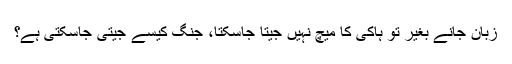
زبان جانے بغیر تو ہاکی کا میچ نہیں جیتا جاسکتا، جنگ کیسے جیتی جاسکتی ہے؟